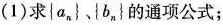
(1)求{a_{n}}、|b_{n}}的通项公式；